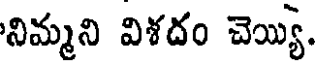
నిమ్మని విశదం చెయ్యి.